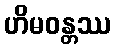
ဟိမဝန္တဿ